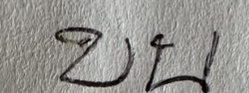
บน